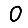
Digit: 0